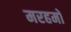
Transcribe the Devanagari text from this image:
मरहमों